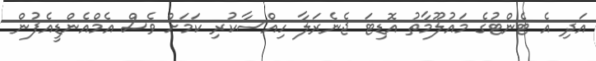
އަދި އެ ޓެންޓުގެ މައުލޫމާތު އޮޑިޓަ ޖެނެރަލާ ހިއްސާކުރި ކަމަށް ވެސް އެމްއެންޑީއެފުން